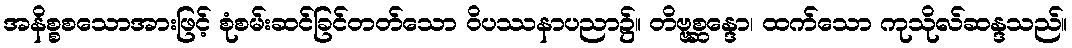
အနိစ္စစသောအားဖြင့် စုံစမ်းဆင်ခြင်တတ်သော ဝိပဿနာပညာ၌။ တိဗ္ဗစ္ဆန္ဒော၊ ထက်သော ကုသိုလ်ဆန္ဒသည်။